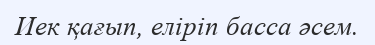
Иек қағып, еліріп басса әсем.